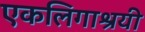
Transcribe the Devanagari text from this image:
एकलिगाश्रयी